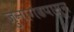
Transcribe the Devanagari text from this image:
जुनागढपासून